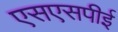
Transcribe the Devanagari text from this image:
एसएसपीई